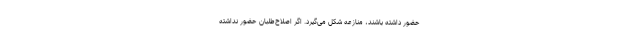
حضور داشته باشند، منازعه شکل می‌گیرد. اگر اصلاح‌طلبان حضور نداشته